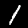
Digit: 1